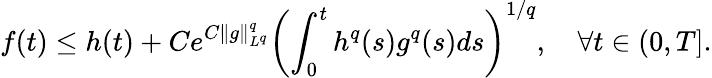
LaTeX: f(t)\leq h(t)+Ce^{C\| g\| _{L^{q}}^{q}}\left(\int_{0}^{t}h^{q}(s)g^{q}(s)ds\right)^{1/q},\quad\forall t\in(0,T].